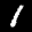
Label: 1